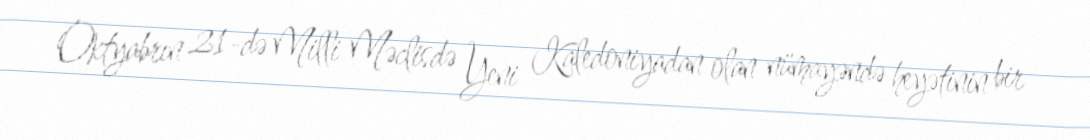
Oktyabrın 21-də Milli Məclisdə Yeni Kaledoniyadan olan nümayəndə heyətinin bir